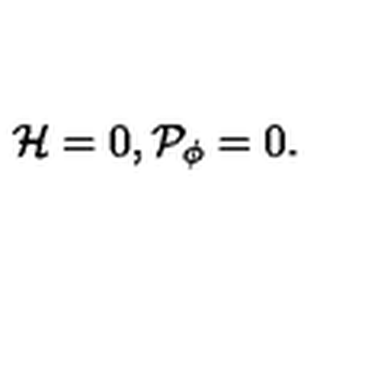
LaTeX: { \cal H } = 0 , { \cal P } _ { \phi } = 0 .